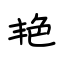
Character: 艳